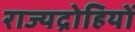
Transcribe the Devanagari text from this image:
राज्यद्रोहियों